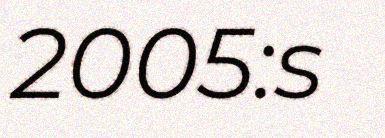
2005:s